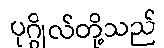
ပုဂ္ဂိုလ်တို့သည်